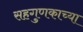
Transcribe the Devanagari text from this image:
सहगुणकाच्या